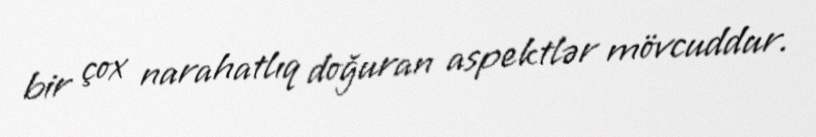
bir çox narahatlıq doğuran aspektlər mövcuddur.